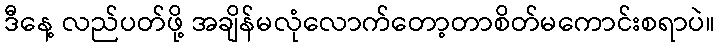
ဒီနေ့ လည်ပတ်ဖို့ အချိန်မလုံလောက်တော့တာစိတ်မကောင်းစရာပဲ။